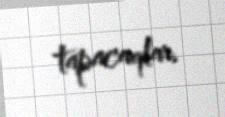
tapacaqlar.